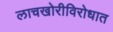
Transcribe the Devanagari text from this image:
लाचखोरीविरोधात